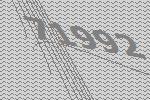
71992